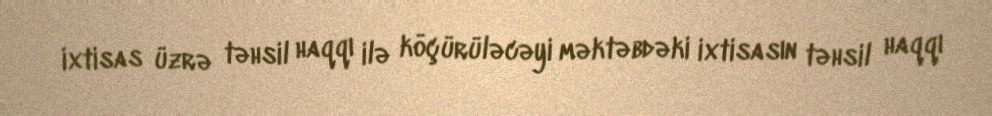
ixtisas üzrə təhsil haqqı ilə köçürüləcəyi məktəbdəki ixtisasın təhsil haqqı